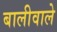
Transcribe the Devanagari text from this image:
बालीवाले